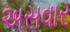
અસવાર